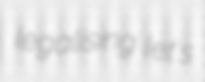
legalising let's